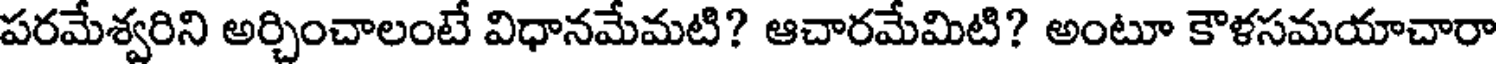
పరమేశ్వరిని అర్చించాలంటే విధానమేమటి? ఆచారమేమిటి? అంటూ కౌళసమయాచారా